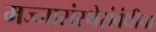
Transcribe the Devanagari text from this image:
मज्जासंस्थेसंबंधीचा